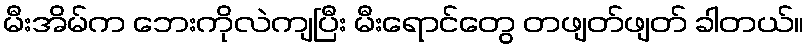
မီးအိမ်က ဘေးကိုလဲကျပြီး မီးရောင်တွေ တဖျတ်ဖျတ် ခါတယ်။